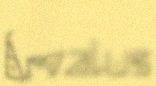
Árvalus